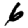
Digit: 6